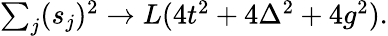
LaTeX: \begin{array}{r}{\sum_{j}(s_{j})^{2}\to L(4t^{2}+4\Delta^{2}+4g^{2}).}\end{array}